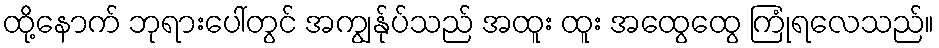
ထို့နောက် ဘုရားပေါ်တွင် အကျွန်ုပ်သည် အထူး ထူး အထွေထွေ ကြုံရလေသည်။